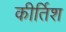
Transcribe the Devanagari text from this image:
कीर्तिश